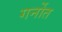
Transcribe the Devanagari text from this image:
गर्नोत